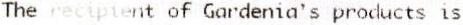
THE RECIPIENT OF GARDENIA'S PRODUCTS IS